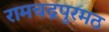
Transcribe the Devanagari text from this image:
रामचद्रपुरमठ